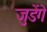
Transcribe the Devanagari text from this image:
जुडेंगे